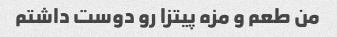
من طعم و مزه پیتزا رو دوست داشتم